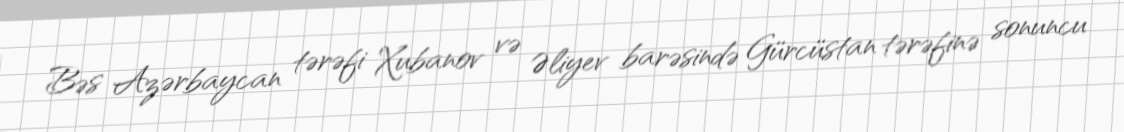
Bəs Azərbaycan tərəfi Xubanov və Əliyev barəsində Gürcüstan tərəfinə sonuncu